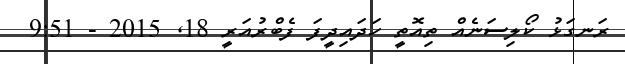
ރަނގަޅު ކޯލިސަނެއް ތިއޮތީ ހަދައިދީފަ ފެބްރުއަރީ 18